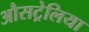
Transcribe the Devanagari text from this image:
औसट्रेलिया